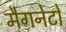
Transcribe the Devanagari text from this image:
मैगनेटो